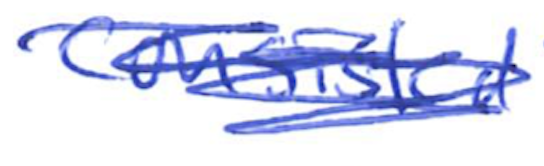
Text: consisted
Cross-out: scratch
Writing tool: ballpoint